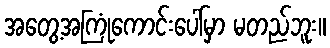
အတွေ့အကြုံကောင်းပေါ်မှာ မတည်ဘူး။